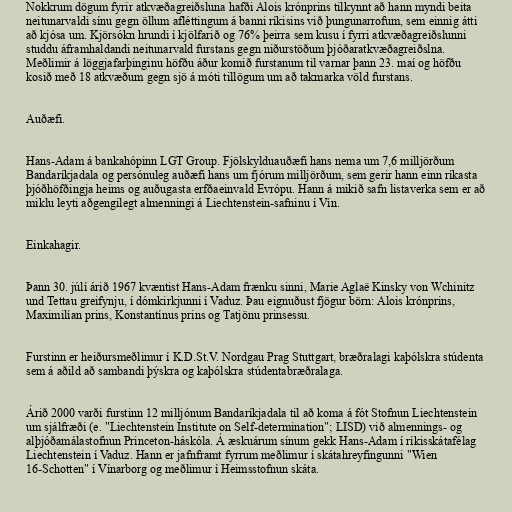
Nokkrum dögum fyrir atkvæðagreiðsluna hafði Alois krónprins tilkynnt að hann myndi beita
neitunarvaldi sínu gegn öllum afléttingum á banni ríkisins við þungunarrofum, sem einnig átti
að kjósa um. Kjörsókn hrundi í kjölfarið og 76% þeirra sem kusu í fyrri atkvæðagreiðslunni
studdu áframhaldandi neitunarvald furstans gegn niðurstöðum þjóðaratkvæðagreiðslna.
Meðlimir á löggjafarþinginu höfðu áður komið furstanum til varnar þann 23. maí og höfðu
kosið með 18 atkvæðum gegn sjö á móti tillögum um að takmarka völd furstans.

Auðæfi.

Hans-Adam á bankahópinn LGT Group. Fjölskylduauðæfi hans nema um 7,6 milljörðum
Bandaríkjadala og persónuleg auðæfi hans um fjórum milljörðum, sem gerir hann einn ríkasta
þjóðhöfðingja heims og auðugasta erfðaeinvald Evrópu. Hann á mikið safn listaverka sem er að
miklu leyti aðgengilegt almenningi á Liechtenstein-safninu í Vín.

Einkahagir.

Þann 30. júlí árið 1967 kvæntist Hans-Adam frænku sinni, Marie Aglaë Kinsky von Wchinitz
und Tettau greifynju, í dómkirkjunni í Vaduz. Þau eignuðust fjögur börn: Alois krónprins,
Maximilían prins, Konstantínus prins og Tatjönu prinsessu.

Furstinn er heiðursmeðlimur í K.D.St.V. Nordgau Prag Stuttgart, bræðralagi kaþólskra stúdenta
sem á aðild að sambandi þýskra og kaþólskra stúdentabræðralaga.

Árið 2000 varði furstinn 12 milljónum Bandaríkjadala til að koma á fót Stofnun Liechtenstein
um sjálfræði (e. "Liechtenstein Institute on Self-determination"; LISD) við almennings- og
alþjóðamálastofnun Princeton-háskóla. Á æskuárum sínum gekk Hans-Adam í ríkisskátafélag
Liechtenstein í Vaduz. Hann er jafnframt fyrrum meðlimur í skátahreyfingunni "Wien
16-Schotten" í Vínarborg og meðlimur í Heimsstofnun skáta.